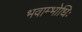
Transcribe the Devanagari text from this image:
भवाम्भोधिः